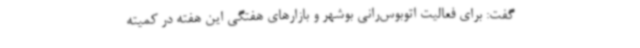
گفت: برای فعالیت اتوبوس‌رانی بوشهر و بازارهای هفتگی این هفته در کمیته